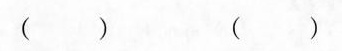
（）（）